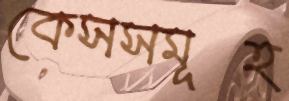
কেসসমূহ